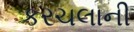
કરચલાની